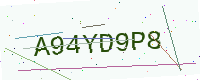
Text: A94YD9P8